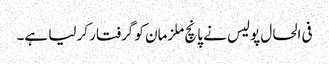
فی الحال پولیس نے پانچ ملزمان کو گرفتار کر لیا ہے۔